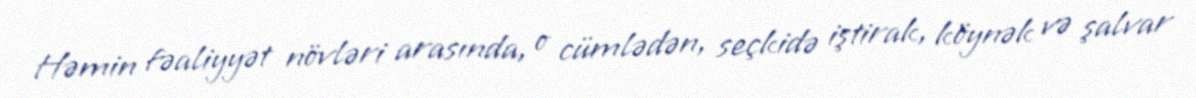
Həmin fəaliyyət növləri arasında, o cümlədən, seçkidə iştirak, köynək və şalvar